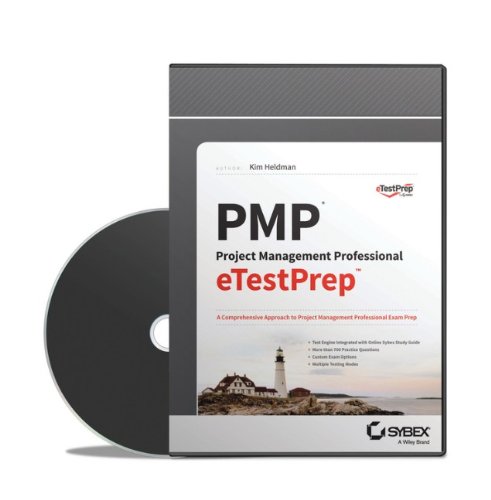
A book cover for PMP: Project Management Professional eTestPrep; Kim Heldman; Test Preparation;